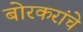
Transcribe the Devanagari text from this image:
बोरकरांचे